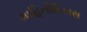
માહિતીવિકાસ